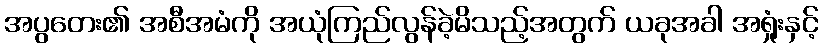
အပွတေး၏ အစီအမံကို အယုံကြည်လွန်ခဲ့မိသည့်အတွက် ယခုအခါ အရှုံးနှင့်